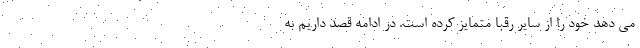
می دهد خود را از سایر رقبا متمایز کرده است. در ادامه قصد داریم به